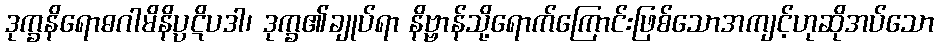
ဒုက္ခနိရောဓဂါမိနိပ္ပဋိပဒါ၊ ဒုက္ခ၏ချုပ်ရာ နိဗ္ဗာန်သို့ရောက်ကြောင်းဖြစ်သောအကျင့်ဟုဆိုအပ်သော